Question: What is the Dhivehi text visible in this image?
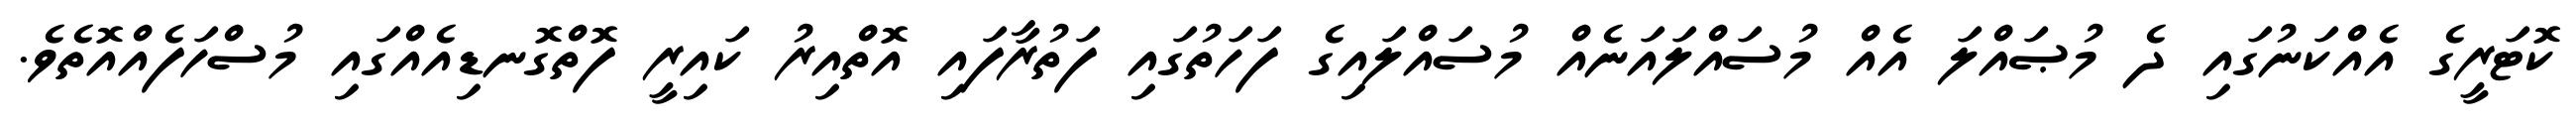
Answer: ކޮޓަރީގެ އެއްކަނުގައި ދެ މުޞައްލަ އެއް މުސައްލައަނެއް މުސައްލައިގެ ފަހަތުގައި ފަތުރާފައި އޮތްއިރު ކައިރީ ފޮތްގޮނޑިއެއްގައި މުސްހަފެއްއޮތެވެ.